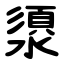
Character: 澃